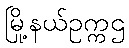
မြို့နယ်ဥက္ကဌ